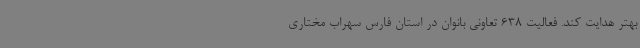
بهتر هدایت کند. فعالیت 638 تعاونی بانوان در استان فارس سهراب مختاری